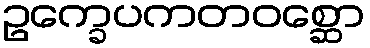
ဥက္ခေပကတဝစ္ဆော